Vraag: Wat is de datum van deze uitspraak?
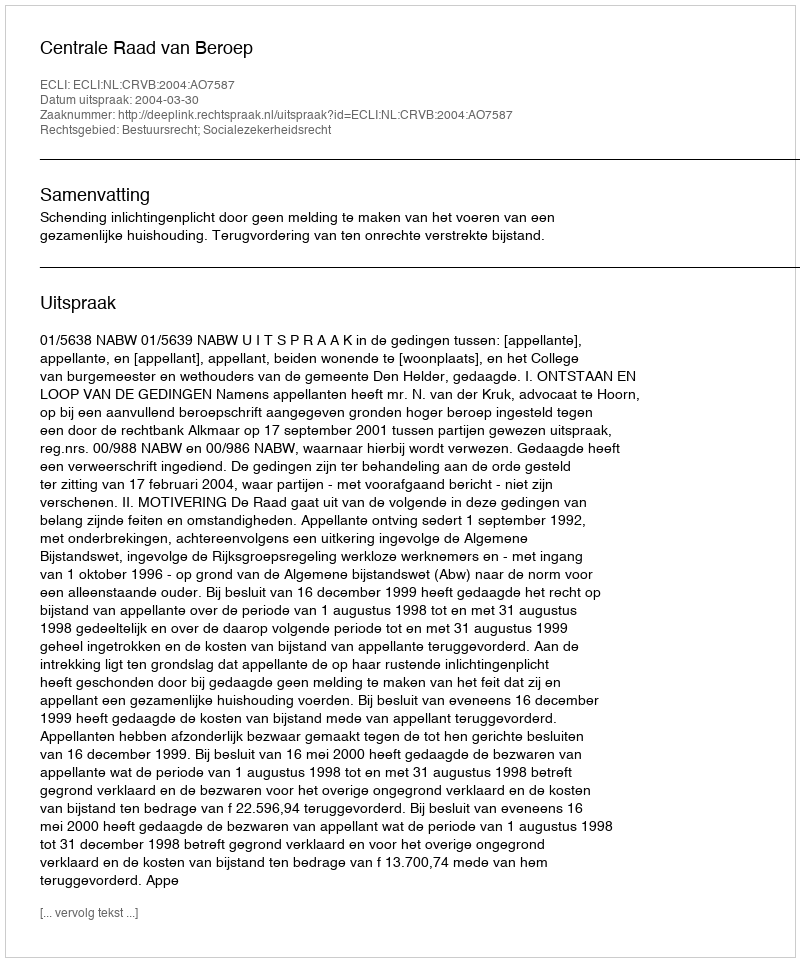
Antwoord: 2004-03-30